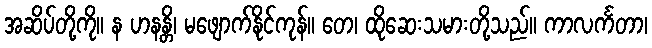
အဆိပ်တို့ကို။ န ဟနန္တိ၊ မဖျောက်နိုင်ကုန်။ တေ၊ ထိုဆေးသမားတို့သည်။ ကာလင်္ကတာ၊